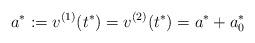
LaTeX: \begin{align*}a^*:=v^{(1)}(t^*)=v^{(2)}(t^*)=a^*_{}+a_0^*\end{align*}